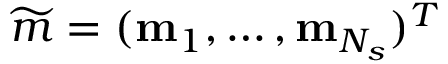
\widetilde { \b { m } } = ( \mathbf { m } _ { 1 } , \dots , \mathbf { m } _ { N _ { s } } ) ^ { T }